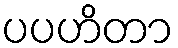
ပပဟိတာ